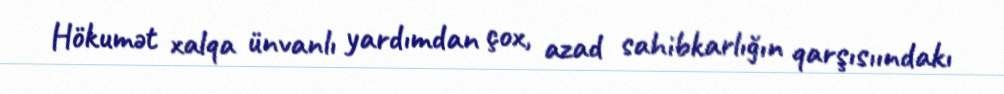
Hökumət xalqa ünvanlı yardımdan çox, azad sahibkarlığın qarşısıındakı